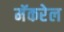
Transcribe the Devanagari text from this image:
मॅकरेल